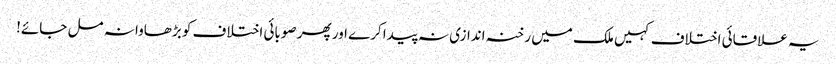
یہ علاقائی اختلاف کہیں ملک میں رخنہ اندازی نہ پیدا کرے اور پھر صوبائی اختلاف کو بڑھاوا نہ مل جائے!